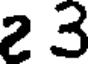
2 3